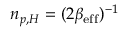
n _ { p , H } = ( 2 \beta _ { \mathrm { e f f } } ) ^ { - 1 }